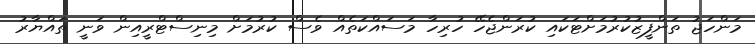
މަންހަޖު ތަންފީޒުކުރުމަށްޓަކައި ކުރަންޖެހޭ ހުރިހާ މަސައްކަތެއް ވެސް ކުރުމަށް މިނިސްޓްރީއިން ވަނީ ތައްޔާރު